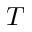
T